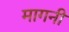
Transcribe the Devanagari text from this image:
मागनी